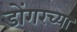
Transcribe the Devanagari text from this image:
डोंगरच्या